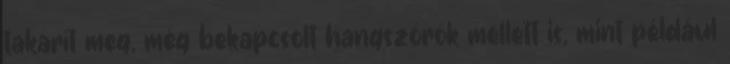
takarít meg, még bekapcsolt hangszórók mellett is, mint például